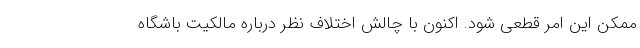
ممکن این امر قطعی شود. اکنون با چالش اختلاف نظر درباره مالکیت باشگاه